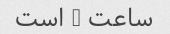
ساعت 8 است